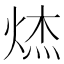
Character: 𮳮